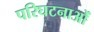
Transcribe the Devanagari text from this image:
परिघटनाओंं